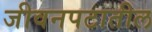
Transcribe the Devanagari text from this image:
जीवनपटातील